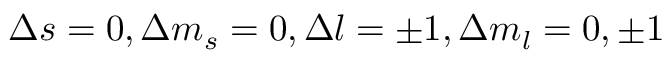
\Delta s = 0 , \Delta m _ { s } = 0 , \Delta l = \pm 1 , \Delta m _ { l } = 0 , \pm 1